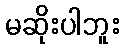
မဆိုးပါဘူး